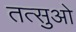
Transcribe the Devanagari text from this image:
तत्सुओ